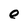
Character: e